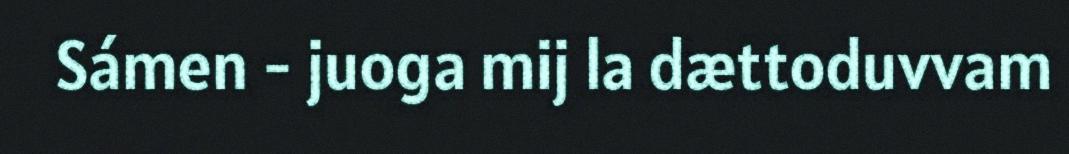
Sámen - juoga mij la dættoduvvam